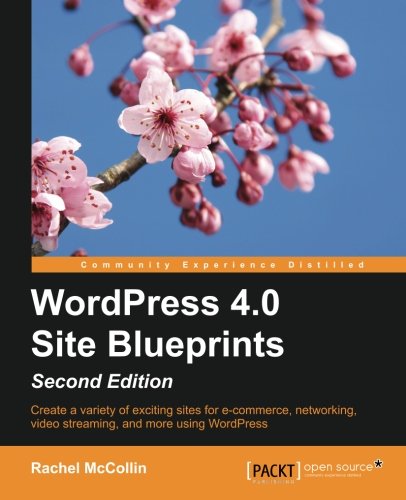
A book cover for WordPress 4.0 Site Blueprints - Second Edition; Rachel McCollin; Computers & Technology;